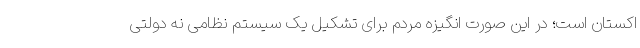
اکستان است؛ در این صورت انگیزه مردم برای تشکیل یک سیستم نظامی نه دولتی